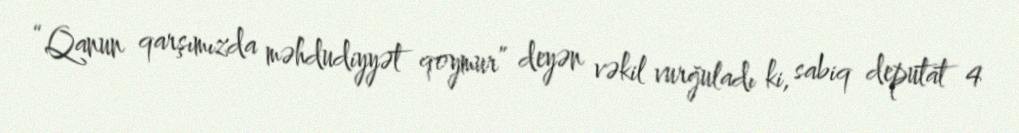
“Qanun qarşımızda məhdudiyyət qoymur” deyən vəkil vurğuladı ki, sabiq deputat 4